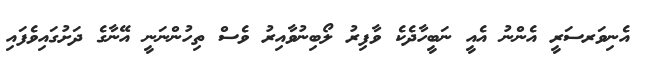
އެނިވަރސަރީ އެންނު އެއީ ނަބީހާދެކެ ވާފިރު ލޯބިނުވާއިރު ވެސް ތިހުންނަނީ އޭނާގެ ދަށުގައިވެފައި